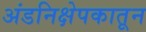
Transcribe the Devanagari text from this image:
अंडनिक्षेपकातून